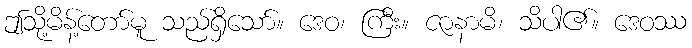
ဤသို့မိန့်တော်မူ သည်ရှိသော်။ ဒေဝ၊ ကြီး။ ဇာနာမိ၊ သိပါ၏။ ဒေဝဿ